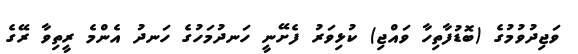
ވަޖިދުވުމުގެ (ބޮޑުފާތިހާ ވައްޖި) ކުޅިވަރު ފެށޭނީ ހަނދުމަހުގެ ހަނދު އެންމެ ރީތިވާ ރޭގެ